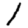
Digit: 1